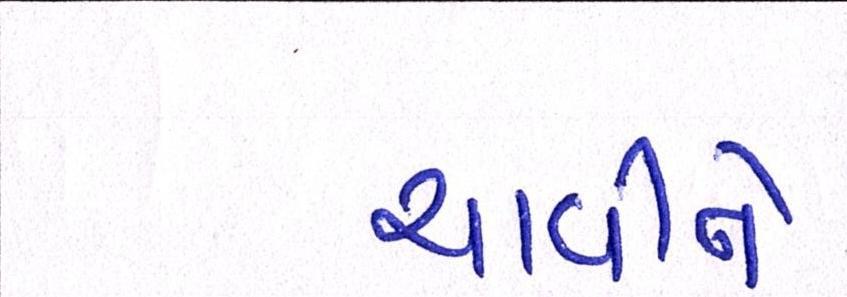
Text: ચાવીને